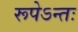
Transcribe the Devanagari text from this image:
रूपेऽन्तः